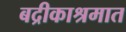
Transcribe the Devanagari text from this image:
बद्रीकाश्रमात